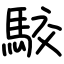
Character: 駮